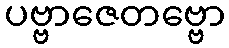
ပဗ္ဗာဇေတဗ္ဗော